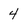
Character: 4